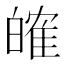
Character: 㿥